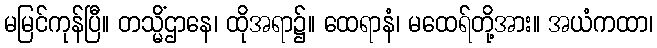
မမြင်ကုန်ပြီ။ တသ္မိံဌာနေ၊ ထိုအရာ၌။ ထေရာနံ၊ မထေရ်တို့အား။ အယံကထာ၊